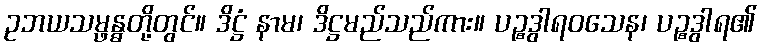
ဥဘယသမ္ဖန္ဓတို့တွင်။ ဒိဋ္ဌံ နာမ၊ ဒိဋ္ဌမည်သည်ကား။ ပဉ္စဒွါရဝသေန၊ ပဉ္စဒွါရ၏